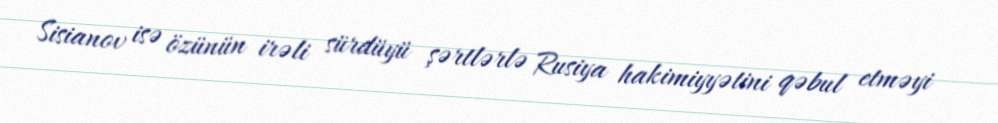
Sisianov isə özünün irəli sürdüyü şərtlərlə Rusiya hakimiyyətini qəbul etməyi